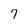
Character: 7